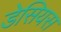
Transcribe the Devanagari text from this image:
डेसियस